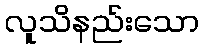
လူသိနည်းသော